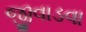
જીવાડવા